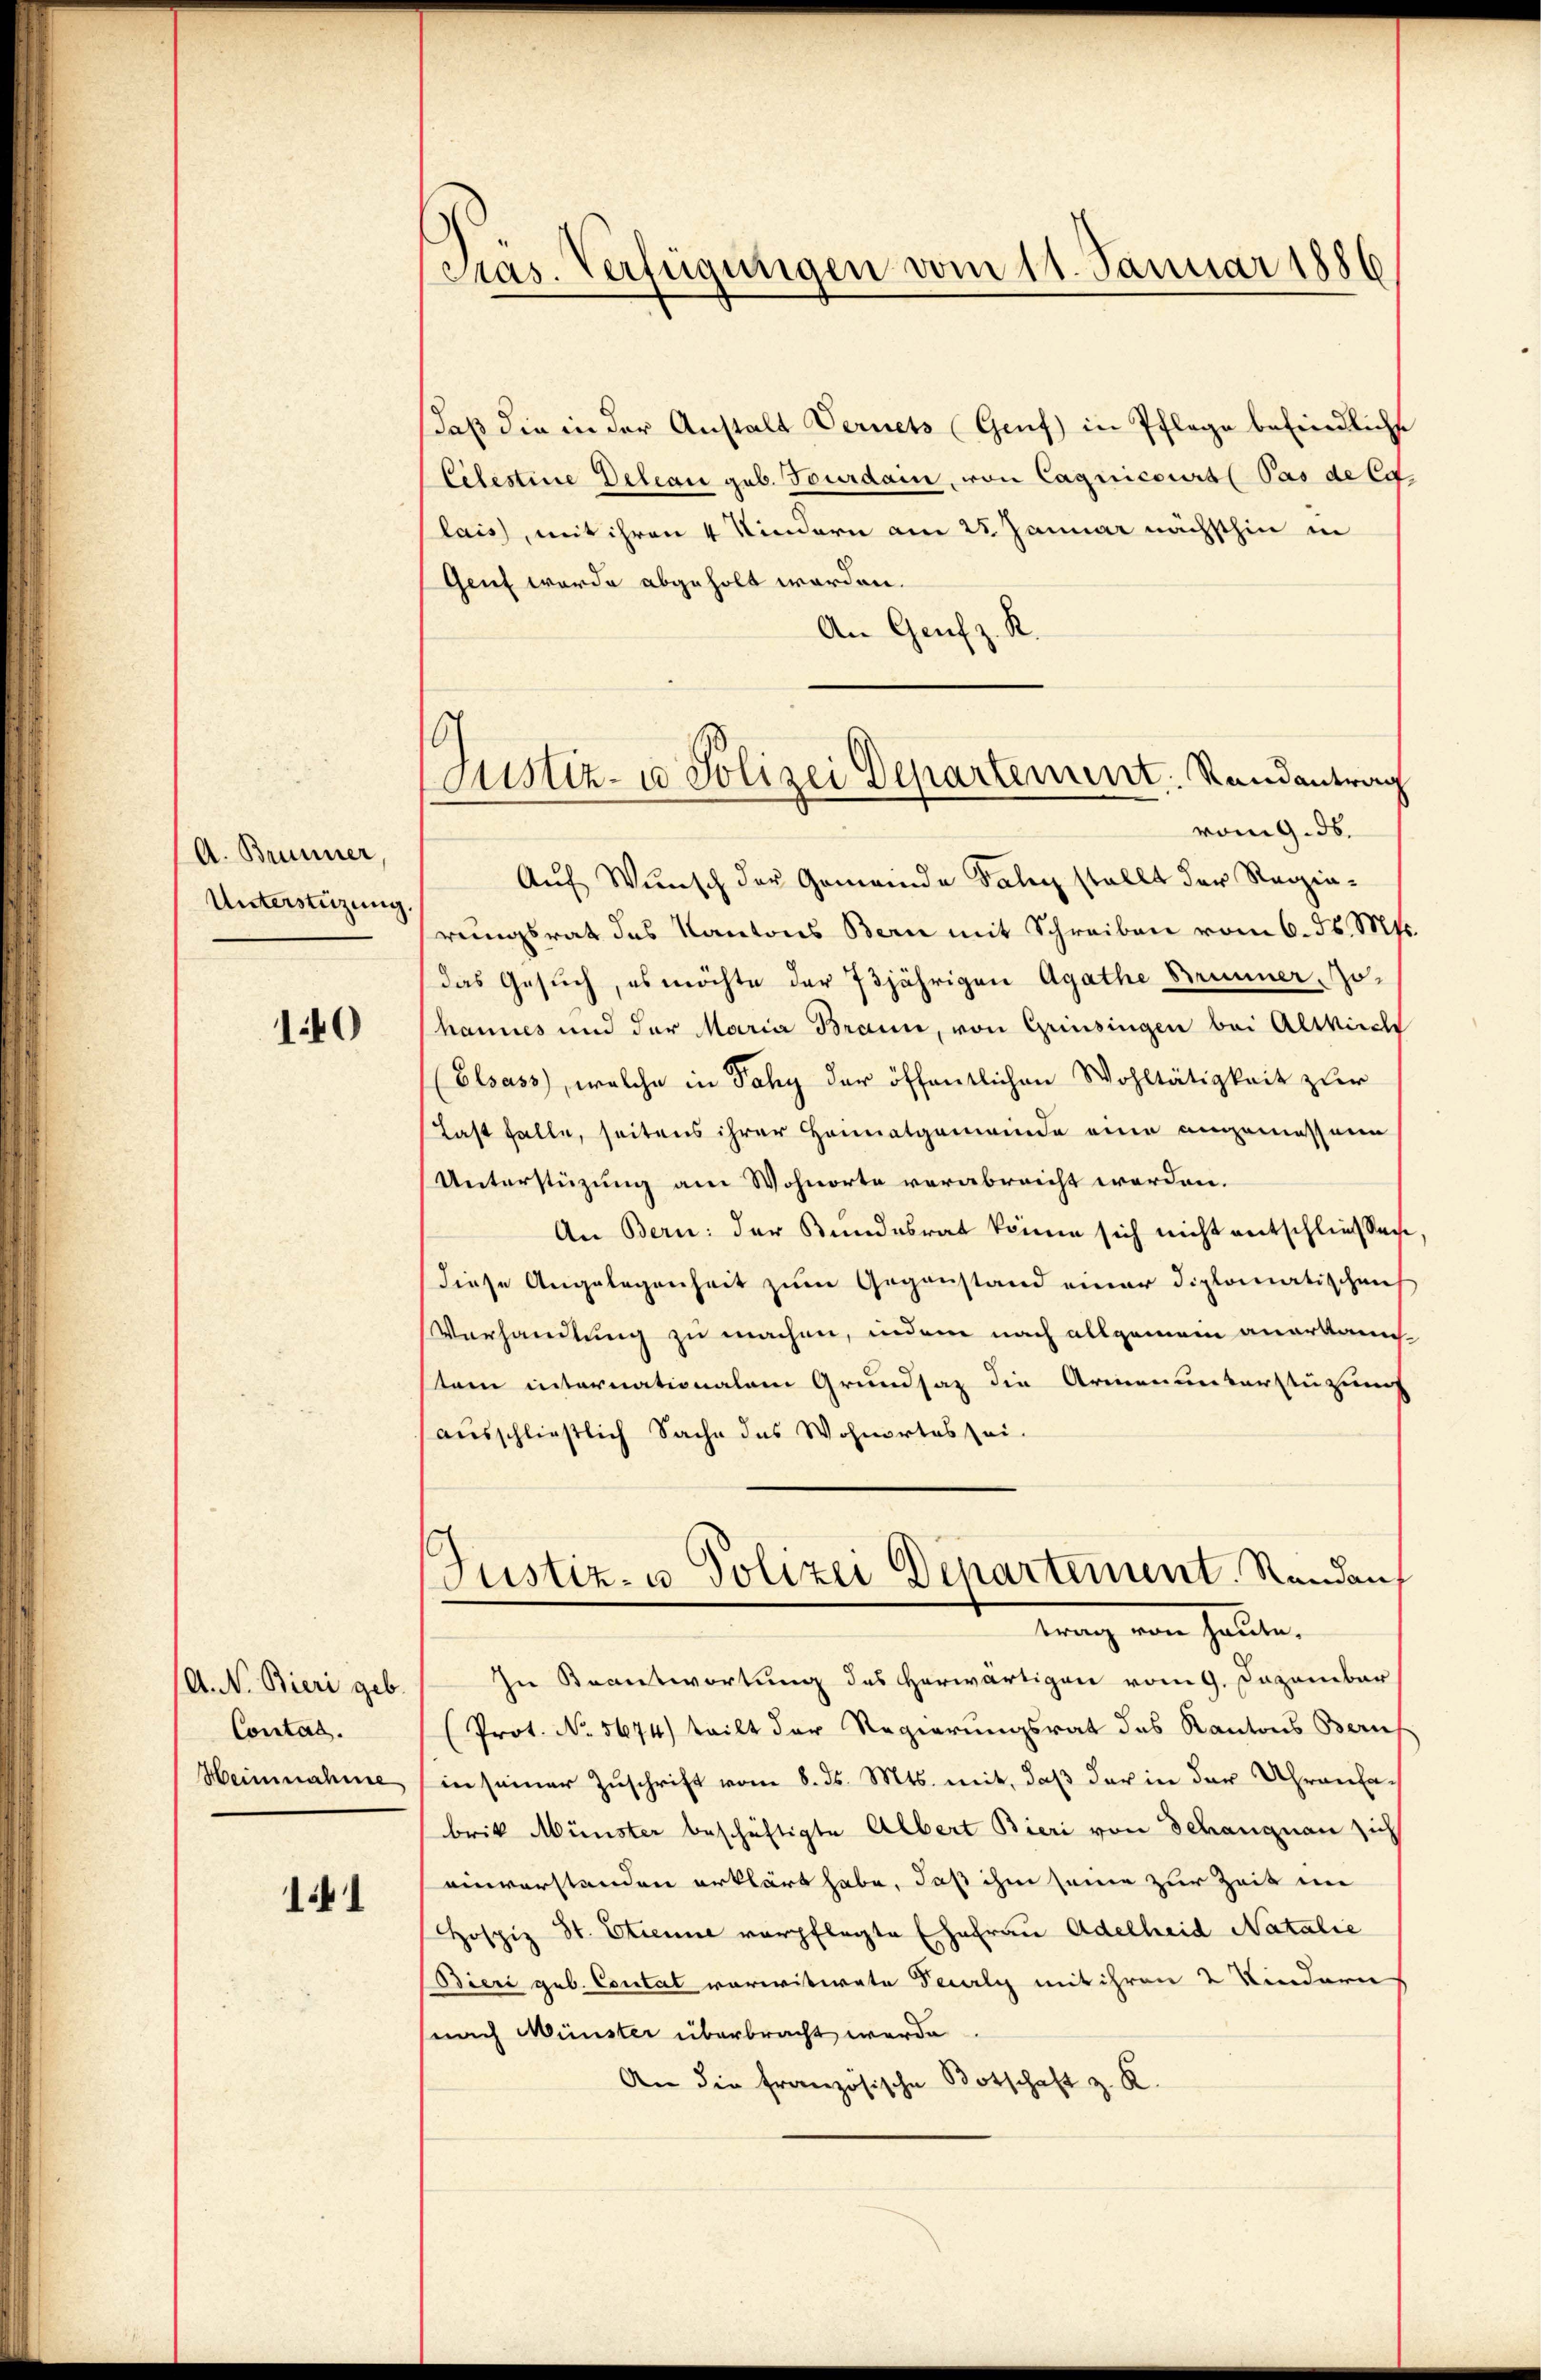
A. Brunner,
Unterstüzung

140

(A. N. Bieri geb.
Contag.
Heinnahme

141

Pras. Verfügungen vom 11. Januar 1886

Justiz- u Polizei Departement. Randantrag
vom 9. ds.

daß die in der Anstalt Vernets (Genf) in Pflege befindliche
Celestine Deleau geb. Tourdam, von Caquicours (Pas de la
lais, mit ihren 4 Kindern am 25. Januar nächsthin in
Gent werde abgeholt worden.
An Genf z. R.
Auf Wunsch der Gemeinde Faley stellt der Regierungsrath das Kantons Bern mit Schreiben vom 6. ds. Mts.
das Gesuch, es möchte der 73jährigen Agathe Brunner, Johannes und der Maria Braun, von Griesingen bei Altkirch
Elsass, welche in Fahy der öffentlichen Wohltätigkeit zur
Last falle, seitens ihrer Honnatgemeinde eine angemessene
Unterstüzung am Wohnorte verabreicht worden.
An Bern: der Bundesrat könne sich nicht entschließen
diese Angelegenheit zum Gegenstand einer Diplomatischens
Verhandlung zu machen, indem nach allgemein anerkanns-
stem internationalem Grundsaz die Armenunterstüzung
ausschließlich Sache das Wohnortes sei.
Justiz- u. Polizei Departement. Randan
trang von halte.
In Beantwortung des Herwärtigen vom 9. Dazambar
(Prot. No. 5674) teilt der Regierungsrat des Kantons Beruf
in seiner Zuschrift vom 8. ds. Mts. mit, daß der in der Uhranlabrik Münster beschäftigte Albert Bieri von Schangnau sich
einverstanden erklärt habe, daß ihm seine zur Zeit im
Hospiz St. Etienne verpflegte Ehefrau Adelheid Natalie
dieri geb. Coutal vorwitwete Pecaly mit ihren 2 Kindern
(nach Münster überbracht werde
An die französische Botschaft z. K.